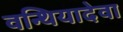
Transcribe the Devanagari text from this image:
वन्थियादेवा